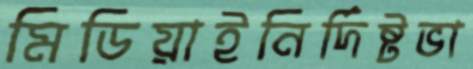
মিডিয়াইনির্দিষ্টভা